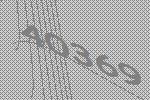
40369